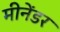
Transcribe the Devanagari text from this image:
मीनेंडर